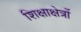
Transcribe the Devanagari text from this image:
शिक्षाक्षेत्रों